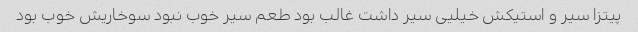
پیتزا سیر و استیکش خیلیی سیر داشت غالب بود طعم سیر خوب نبود سوخاریش خوب بود